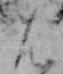
は